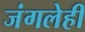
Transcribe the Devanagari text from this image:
जंगलेही